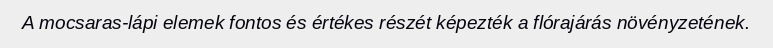
A mocsaras-lápi elemek fontos és értékes részét képezték a flórajárás növényzetének.